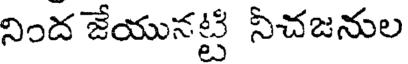
నింద జేయునట్టి నీచజనుల